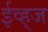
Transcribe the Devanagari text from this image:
ईव्ह्‌ज